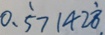
0 . \dot { 5 } 7 1 4 2 \dot { 8 }